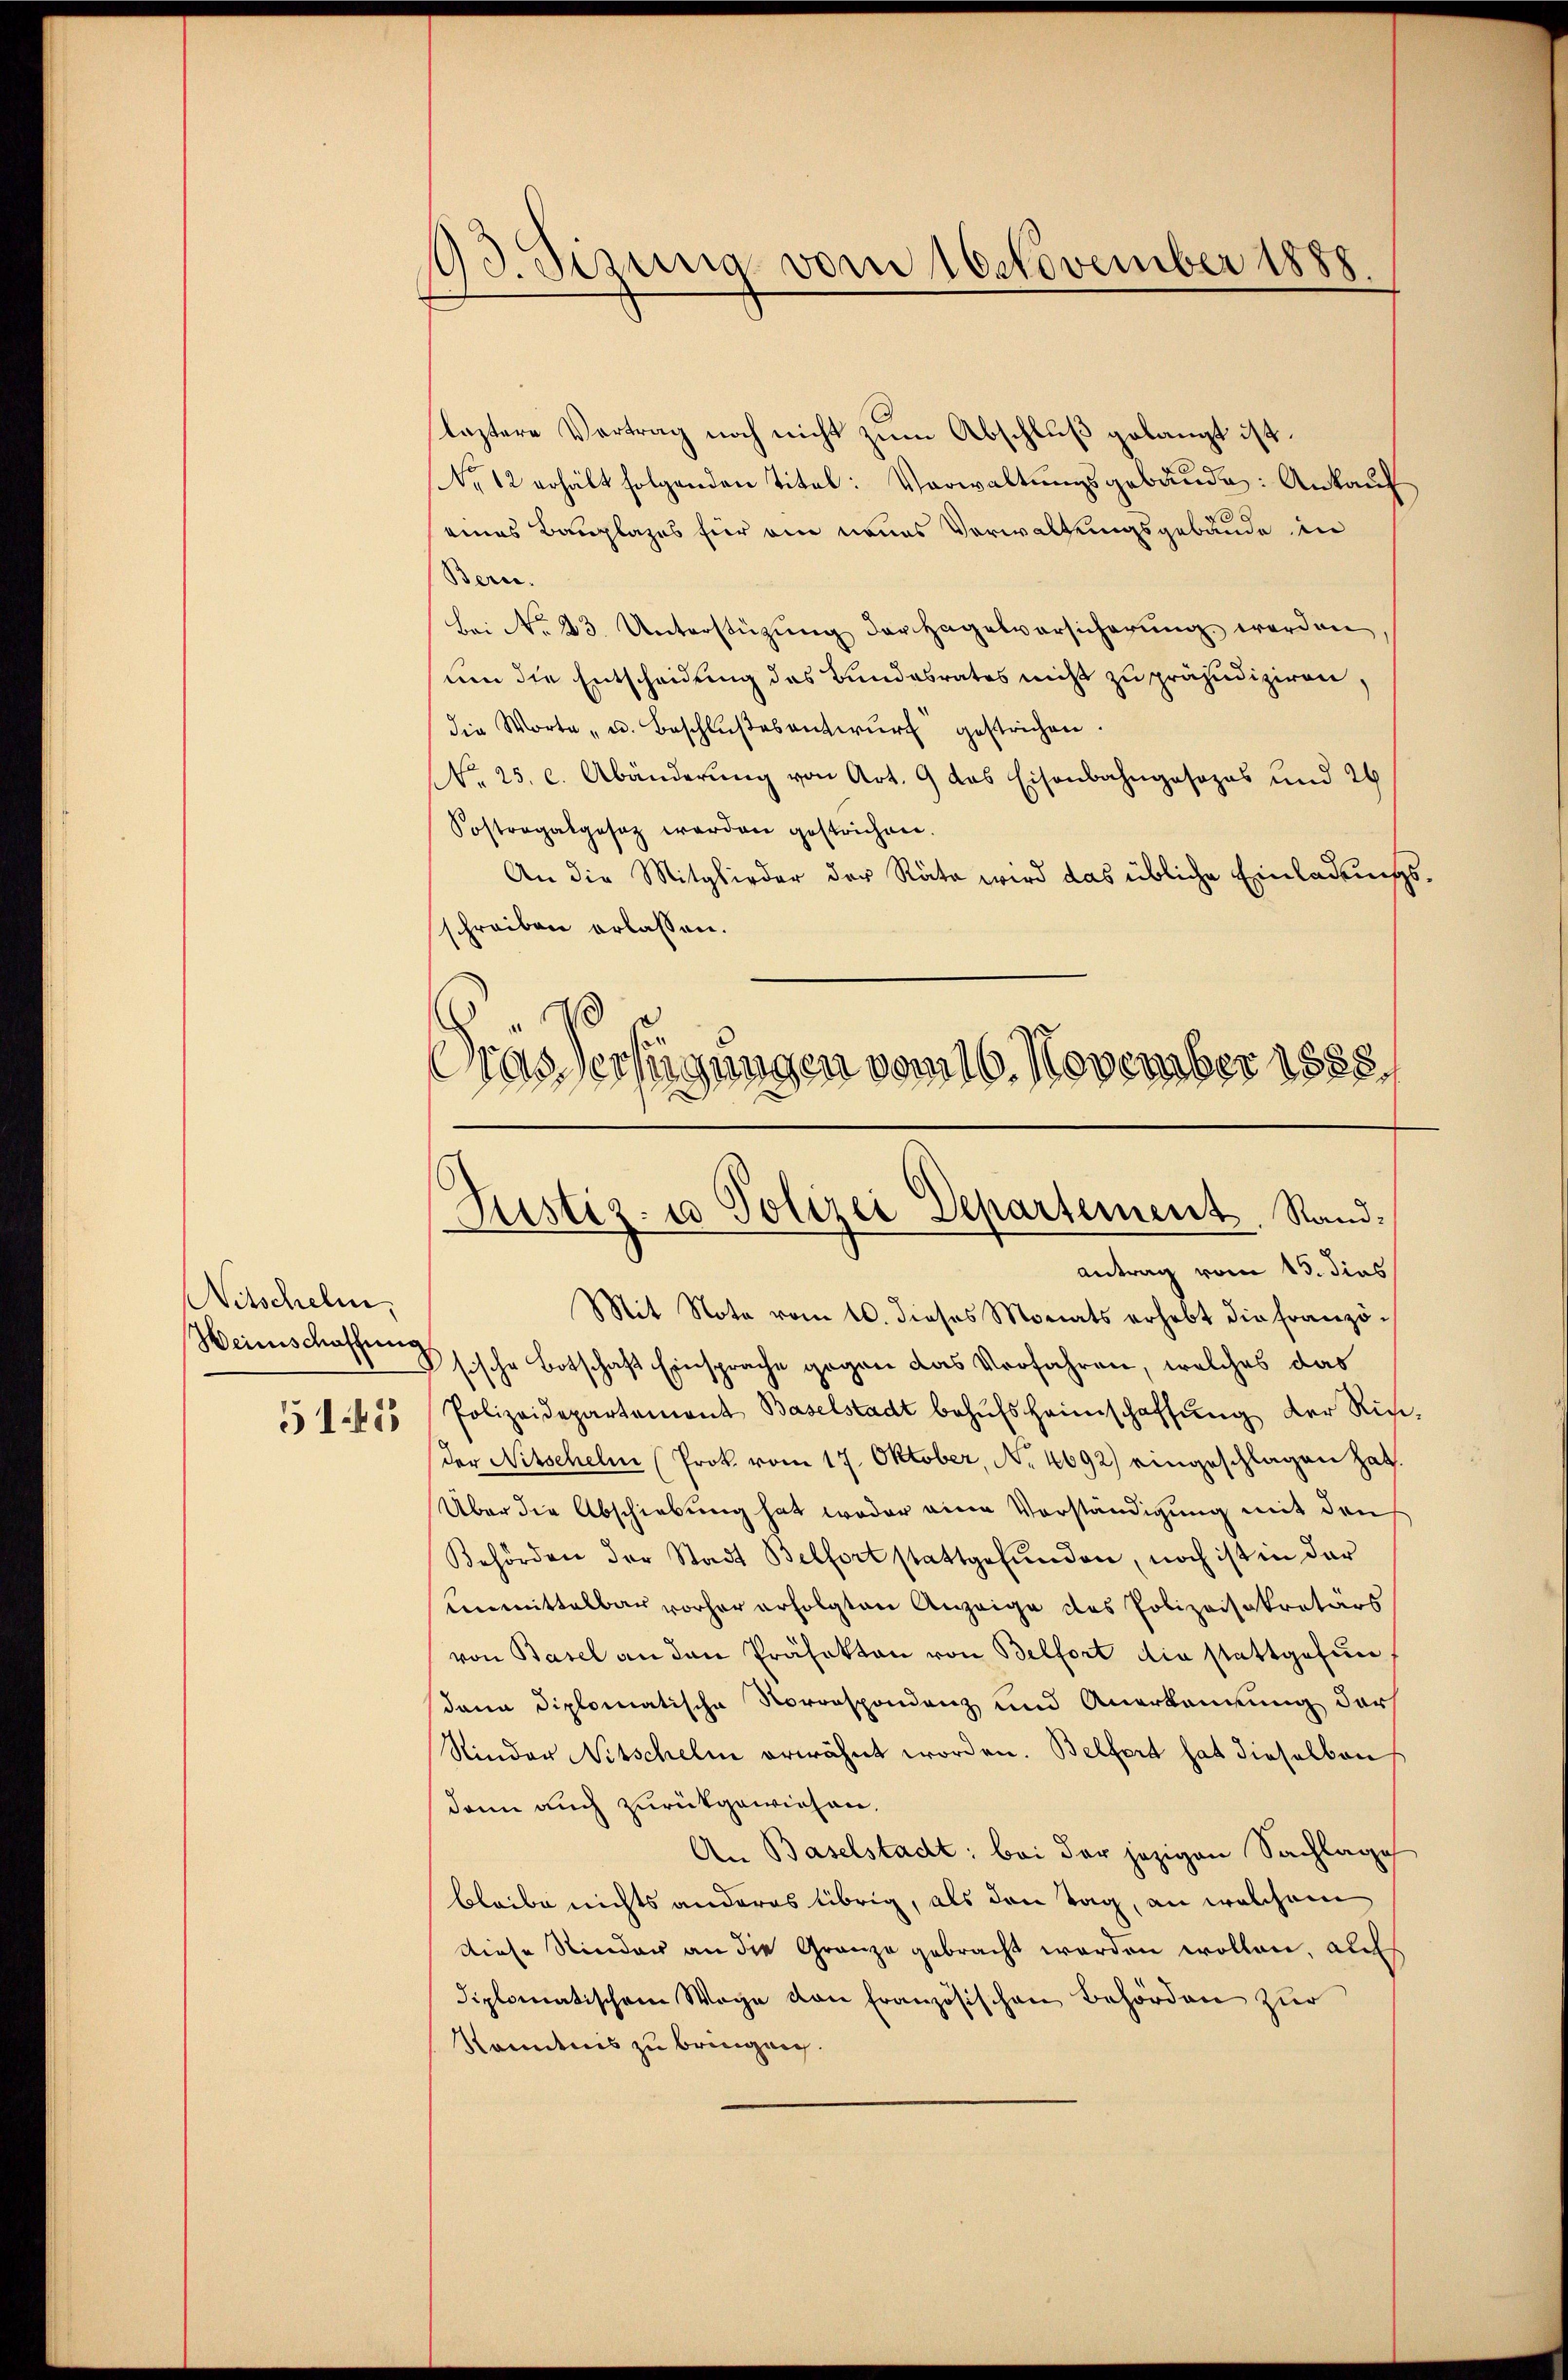
Nitschelm,
Weinschaffung
51.45

63. Sizung vom 16. November 1888.

leztere Vertrag noch nicht zum Abschluß gelangt ist.
No 12 erhält folgenden Titel: Verwaltungsgebäude: Ankauf
eines Bauplazes für ein neues Verwaltungsgebäude in
Bern.
bei No 43. Unterstützŭng der Hagelversicherŭng werden,
um die Entscheidung des Bundesrates nicht zu präjudiziren,
die Worte " u. Beschlŭβesentwŭrf gestrichen.
No. 25. c. Abänderŭng von Art. 9 das Eisenbahngesezes und 26
Sostregalgesetz werden gestrichen.
An die Mitglieder der Räte wird das übliche Einladungsschreiben erlassen.
Gras Verfügungen vom 16. November 1888.

Justiz- u Polizei Departement, Rand:
Antrag vom 15. dies

Mit Note vom 10. dieses Monats erhebt die Französische Botschaft Einsprache gegen das Verfahren, welches das
Polizeidepartement Baselstadt behŭfs heimschaffung der Richder Nitschelm (Prok. vom 17. Oktober, No 4692) eingeschlagen hat.
Über die Abschiebung hat weder eine Vorständigung mit den
Behörden der Stadt Belfort stattgefunden, noch ist in der
Unmittelbar vorher erfolgten Anzeige des Polizeisekretärs
von Basel an den Präfekten von Belfort die stattgefundann diplomatische Norrespondenz und Anerkennung der
Rinder Nitschelm erwähnt worden. Belfort hat dieselben
dann auch zurückgewiesen.
An Baselstadt: bei der jezigen Sachlage
bleibe nichts anderes übrig, als den Tag, an welchem
Diese Stinder an die Granze gebracht werden wollen, auf
diplomatischem Wege von Französischen Behörden zur
Kenntnis zu bringen.